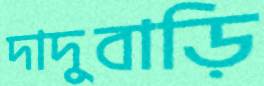
দাদুবাড়ি